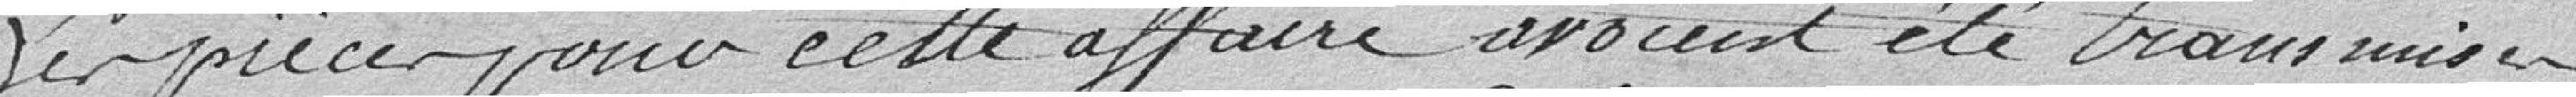
Les pièces pour cette affaire avaient été transmises